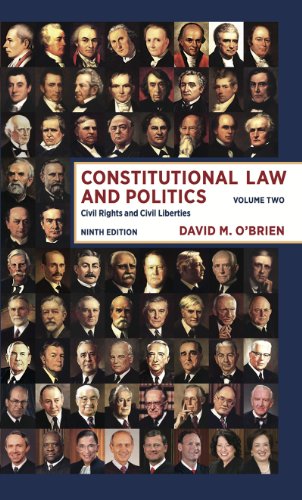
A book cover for Constitutional Law and Politics: Civil Rights and Civil Liberties (Ninth Edition)  (Vol. 2); David M. O'Brien; Law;